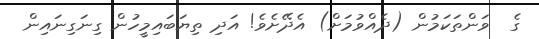
ގެ  ވަންތަކަމުން (ދެއްވުމަށް) އެދޭށެވެ! އަދި ތިޔަބައިމީހުން ގިނަގިނައިން